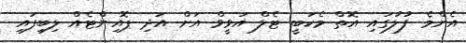
އެންމެ ފުލުގައި އޮތް މެކަބީ ޓެލް އަވީވް އަށް އަދި ޕޮއިންޓެއް ލިބިފައި